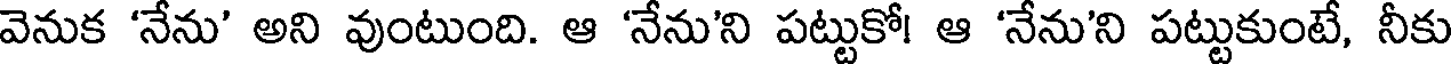
వెనుక 'నేను' అని వుంటుంది. ఆ 'నేను'ని పట్టుకో! ఆ 'నేను'ని పట్టుకుంటే, నీకు